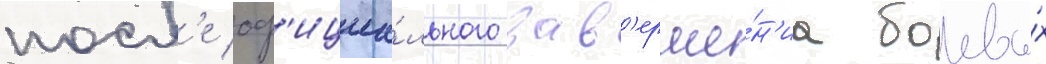
посл'е оф'ициа́льного зав'ерше́н'иа боевы́х